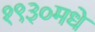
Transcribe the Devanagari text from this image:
१९३०मधे